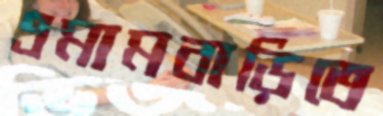
এমামবাড়িতে